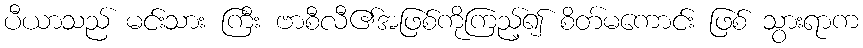
ပီယာသည် မင်းသား ကြီး ဗာစီလီ၏အဖြစ်ကိုကြည့်၍ စိတ်မကောင်း ဖြစ် သွားရာက